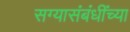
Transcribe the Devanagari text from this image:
सग्यासंबंधींच्या